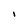
Character: I